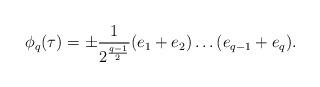
LaTeX: \begin{align*}\phi_q(\tau)=\pm\frac{1}{2^{\frac{q-1}{2}}}(e_1+e_2)\dots(e_{q-1}+e_q).\end{align*}